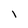
Character: l